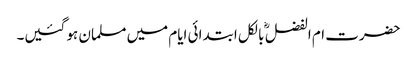
حضرت ام الفضل ؓ بالکل ابتدائی ایام میں مسلمان ہو گئیں۔